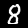
Label: 8